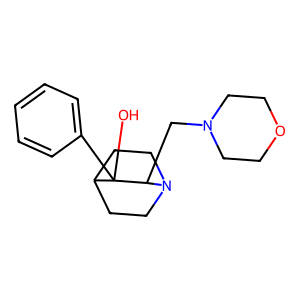
SMILES: OC1(c2ccccc2)C2CCN(CC2)C1CN1CCOCC1
Inhibits HIV replication: No